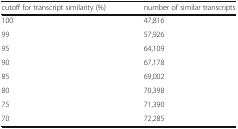
<table><thead><tr><td><b>cutoff for transcript similarity (%)</b></td><td><b>number of similar transcripts</b></td></tr></thead><tbody><tr><td>100</td><td>47,816</td></tr><tr><td>99</td><td>57,926</td></tr><tr><td>95</td><td>64,109</td></tr><tr><td>90</td><td>67,178</td></tr><tr><td>85</td><td>69,002</td></tr><tr><td>80</td><td>70,398</td></tr><tr><td>75</td><td>71,390</td></tr><tr><td>70</td><td>72,285</td></tr></tbody></table>